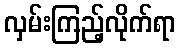
လှမ်းကြည့်လိုက်ရာ